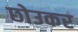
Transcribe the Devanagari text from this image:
छोउकर